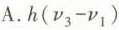
A.$$h(v_{3}-v_{1})$$